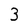
Character: 3